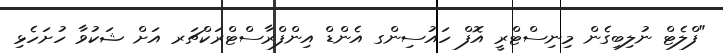
"ފްލެޓް ނުލިބިގެން މިނިސްޓްރީ އޮފް ހައުސިންގ އެންޑް އިންފްރާސްޓްރަކްޗަރ އަށް ޝަކުވާ ހުށަހެޅި